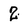
Character: 2